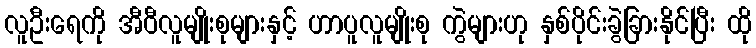
လူဦးရေကို အီဝီလူမျိုးစုများနှင့် ဟာပူလူမျိုးစု ကွဲများဟု နှစ်ပိုင်းခွဲခြားနိုင်ပြီး ထို